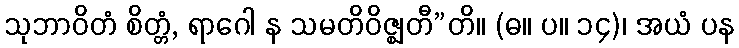
သုဘာဝိတံ စိတ္တံ, ရာဂေါ န သမတိဝိဇ္ဈတီ”တိ။ (ဓ။ ပ။ ၁၄)၊ အယံ ပန